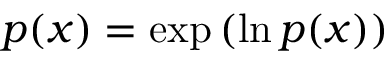
p ( x ) = \exp { ( \ln { p ( x ) } ) }